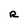
Character: R